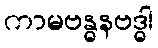
ကာမဗန္ဓနဗဒ္ဓါ